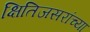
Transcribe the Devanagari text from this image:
क्षितिजसरांच्या